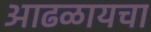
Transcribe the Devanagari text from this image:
आढळायचा